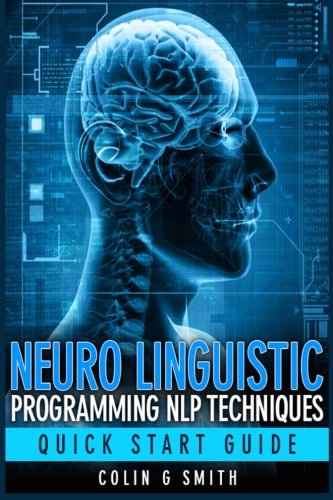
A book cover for Neuro Linguistic Programming NLP Techniques - Quick Start Guide; Colin G Smith; Self-Help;